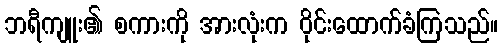
ဘရီကျူး၏ စကားကို အားလုံးက ဝိုင်းထောက်ခံကြသည်။